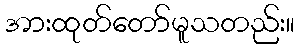
အားထုတ်တော်မူသတည်း။